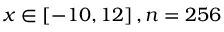
x \in \left[ - 1 0 , 1 2 \right] , n = 2 5 6